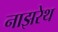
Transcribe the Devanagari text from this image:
नाझरेथ